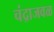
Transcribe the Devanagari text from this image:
चंद्राजवळ